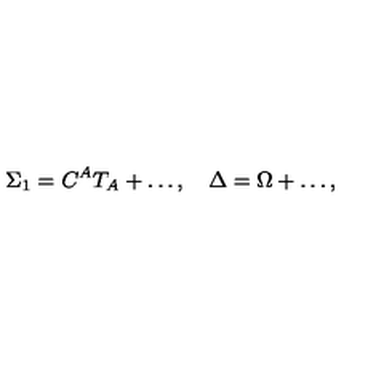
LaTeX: \Sigma _ { 1 } = C ^ { A } T _ { A } + \ldots , \quad \Delta = \Omega + \ldots ,